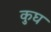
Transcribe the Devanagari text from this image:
कुघ